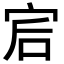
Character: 𡧻